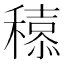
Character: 𮃮